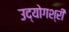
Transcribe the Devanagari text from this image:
उद्योगश्री